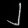
Digit: ၂